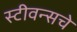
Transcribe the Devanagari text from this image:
स्टीवन्सचे